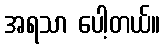
အရသာ ပေါ့တယ်။